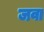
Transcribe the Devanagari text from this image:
जवा